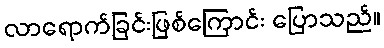
လာရောက်ခြင်းဖြစ်ကြောင်း ပြောသည်။